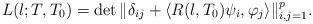
LaTeX: \begin{align*}L(\l; T,T_0)=\det\|\delta_{ij}+\langle R(\l,T_0)\psi_i,\varphi_j\rangle\|_{i,j=1}^p.\end{align*}